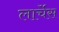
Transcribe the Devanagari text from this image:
लार्चेस